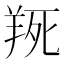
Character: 𦎄